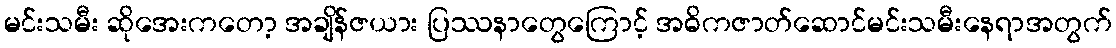
မင်းသမီး ဆိုအေးကတော့ အချိန်ဇယား ပြဿနာတွေကြောင့် အဓိကဇာတ်ဆောင်မင်းသမီးနေရာအတွက်